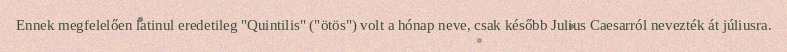
Ennek megfelelően latinul eredetileg "Quintilis" ("ötös") volt a hónap neve, csak később Julius Caesarról nevezték át júliusra.